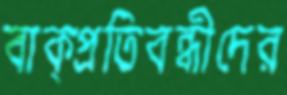
বাক্প্রতিবন্ধীদের